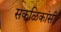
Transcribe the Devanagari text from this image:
सकळिकांसी